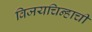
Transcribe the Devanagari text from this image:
विजयचिन्हाची